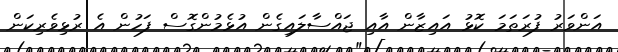
އަންވަރު ފުރަތަމަ ކޮޅު އައިޒާން އާއި ޖައްސާލައިގެން އުޅެމުންގޮސް ފަހުން އެ ރުޅިވެރިކަން